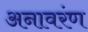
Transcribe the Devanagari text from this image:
अनावरंण